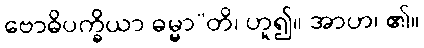
ဗောဓိပက္ခိယာ ဓမ္မာ”တိ၊ ဟူ၍။ အာဟ၊ ၏။